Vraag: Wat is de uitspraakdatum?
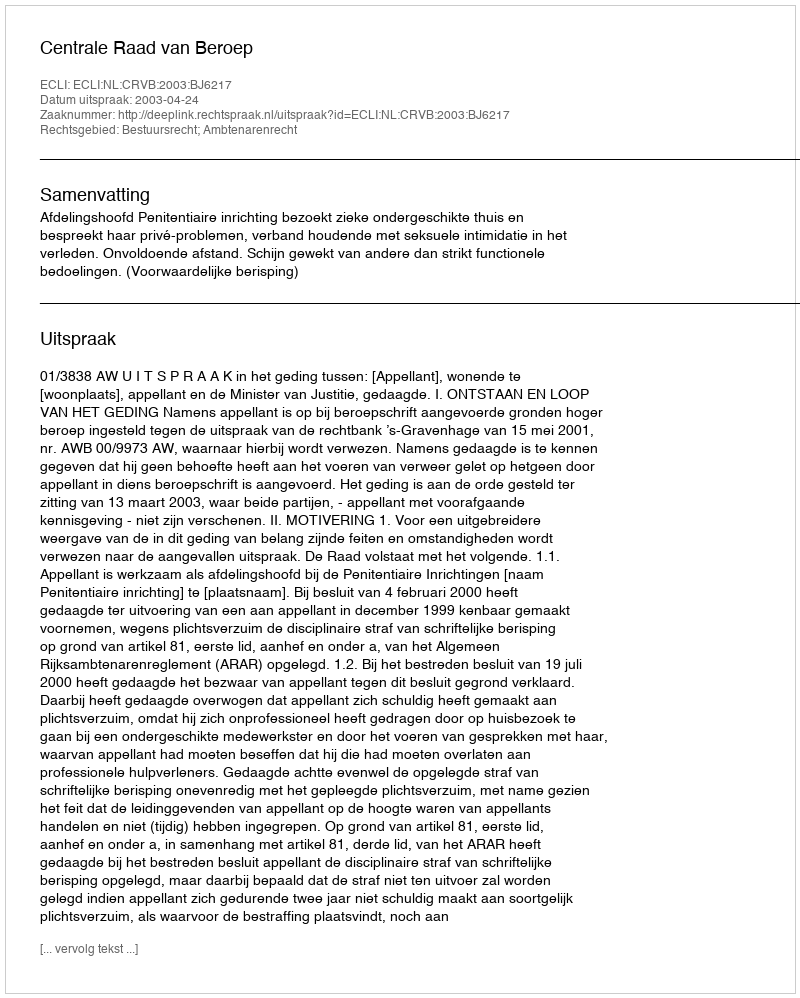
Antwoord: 2003-04-24